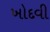
ખોદવી